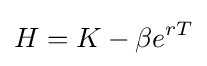
H=K-\beta e^{rT}